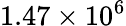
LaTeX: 1.47\times 10^{6}